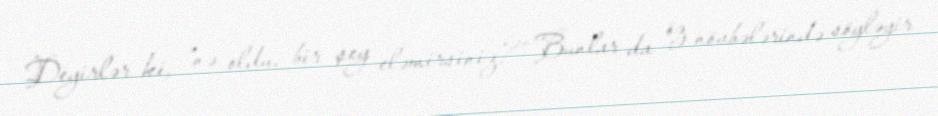
Deyirlər ki, “nə oldu, bir şey eləmirsiniz?” Bunlar da öz növbələrində söyləyir